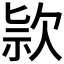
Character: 𣢾